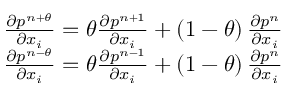
\begin{array} { r } { \frac { \partial { { p } ^ { n + \theta } } } { \partial { { x } _ { i } } } = \theta \frac { \partial { { p } ^ { n + 1 } } } { \partial { { x } _ { i } } } + \left( 1 - \theta \right) \frac { \partial { { p } ^ { n } } } { \partial { { x } _ { i } } } } \\ { \frac { \partial { { p } ^ { n - \theta } } } { \partial { { x } _ { i } } } = \theta \frac { \partial { { p } ^ { n - 1 } } } { \partial { { x } _ { i } } } + \left( 1 - \theta \right) \frac { \partial { { p } ^ { n } } } { \partial { { x } _ { i } } } } \end{array}